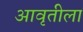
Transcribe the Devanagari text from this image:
आवृतीला